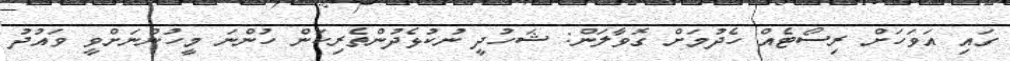
ގައި އަވަހަށް ރިސޯޓެއް ހެދުމަށް ގޮވާލަން: ޝަހުދީ ނުކުޅެދުންތެރިކަން ހުންނަ މީހުންނަށްވީ ވައުދު